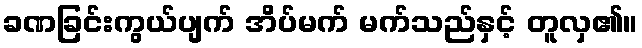
ခဏခြင်းကွယ်ပျက် အိပ်မက် မက်သည်နှင့် တူလှ၏။